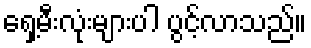
ရှေ့မီးလုံးများပါ ပွင့်လာသည်။